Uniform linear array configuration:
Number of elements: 16
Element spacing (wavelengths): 0.25
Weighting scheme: kaiser
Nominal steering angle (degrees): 0
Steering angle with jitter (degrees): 0.4378
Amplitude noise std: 0.05
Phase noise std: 0.05

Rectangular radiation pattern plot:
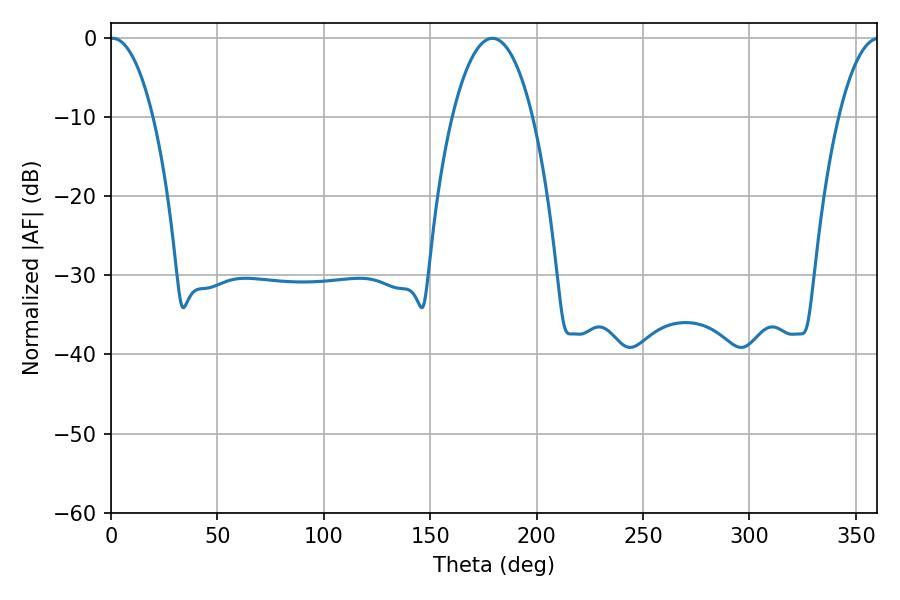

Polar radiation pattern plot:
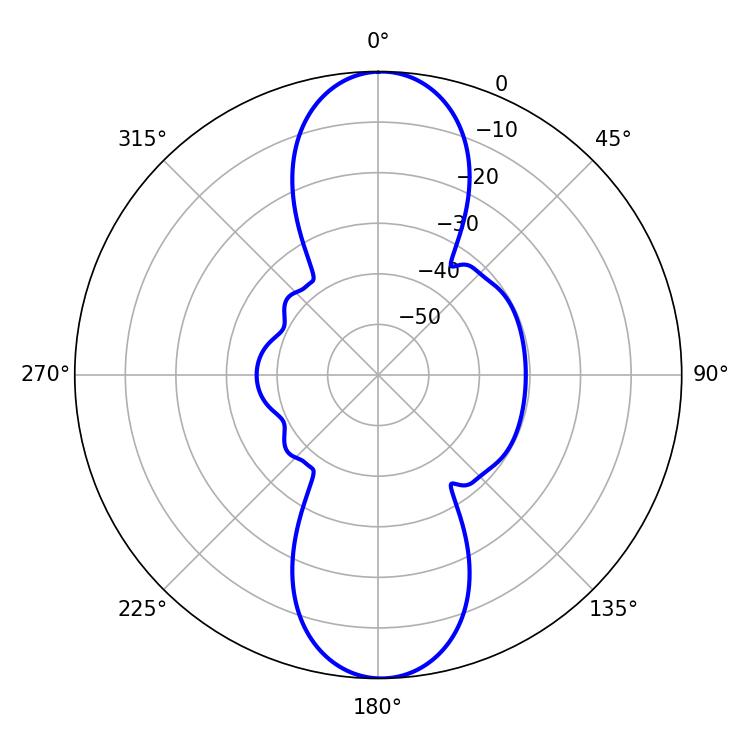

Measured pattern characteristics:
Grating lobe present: FALSE
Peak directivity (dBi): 22.316
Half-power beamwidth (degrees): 11.34
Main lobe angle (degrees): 0.72